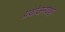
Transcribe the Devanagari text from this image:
प्रयोजनवश